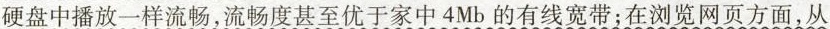
硬盘中播放一样流畅，流畅度甚至优于家中4Mb的有线宽带；在浏览网页方面，从